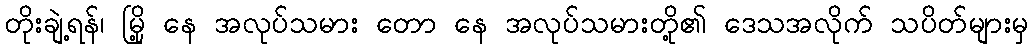
တိုးချဲ့ရန်၊ မြို့ နေ အလုပ်သမား တော နေ အလုပ်သမားတို့၏ ဒေသအလိုက် သပိတ်များမှ